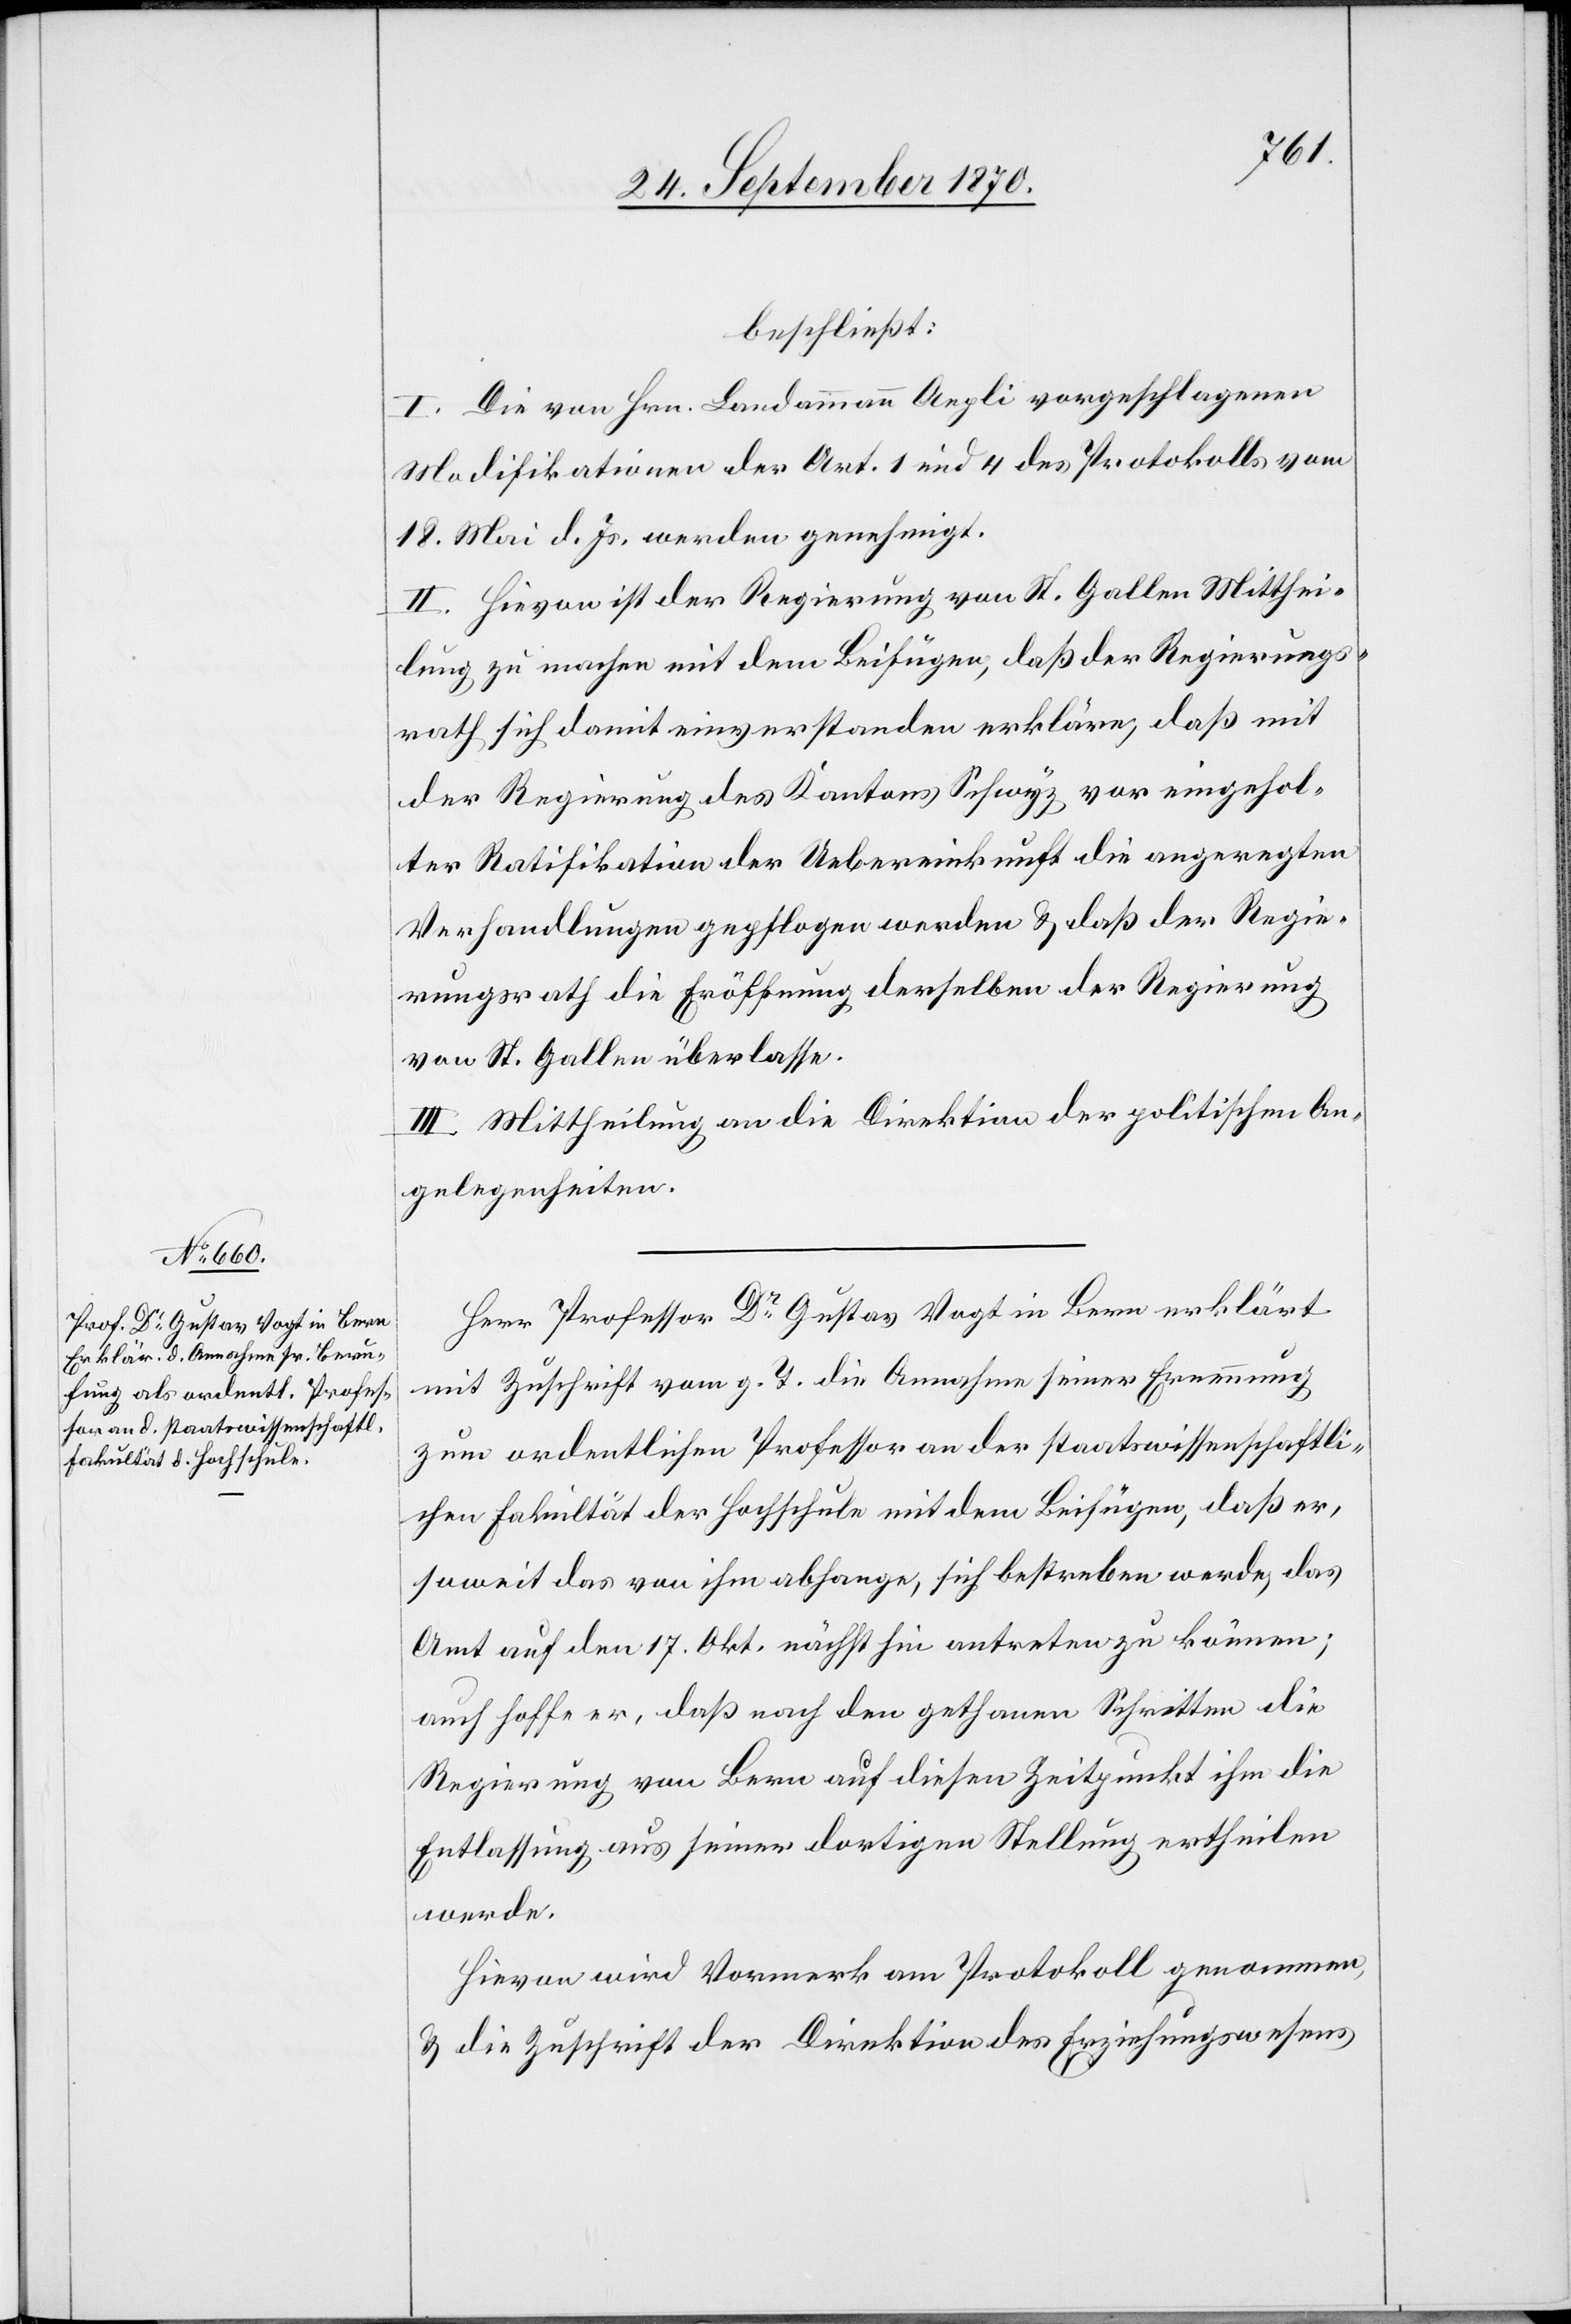
beschließt:
I. Die von Hrn. Landamman Aepli vorgeschlagenen
Modifikationen der Art. 1 und 4 des Protokolls vom
18. Mai d. Js. werden genehmigt.
II. Hievon ist der Regierung von St. Gallen Mitthei¬
lung zu machen mit dem Beifügen, daß der Regierungs¬
rath sich damit einverstanden erkläre, daß mit
der Regierung des Kantons Schwyz vor eingehol¬
ter Ratifikation der Uebereinkunft die angeregten
Verhandlungen gepflogen werden & daß der Regie¬
rungsrath die Eröffnung derselben der Regierung
von St. Gallen überlasse.
III. Mittheilung an die Direktion der politischen An¬
gelegenheiten.
Herr Professor Dr Gustav Vogt in Bern erklärt
mit Zuschrift vom g. T. die Annahme seiner Ernennung
zum ordentlichen Professor an der staatswissenschaftli¬
chen Fakultät der Hochschule mit dem Beifügen, daß er
soweit das von ihm abhange, sich bestreben werde, das
Amt auf den 17. Okt. nächsthin antreten zu können;
auch hoffe er, daß nach den gethanen Schritten die
Regierung von Bern auf diesen Zeitpunkt ihm die
Entlassung aus seiner dortigen Stellung ertheilen
werde.
Hievon wird Vormerk am Protokoll genommen
& die Zuschrift der Direktion des Erziehungswesens